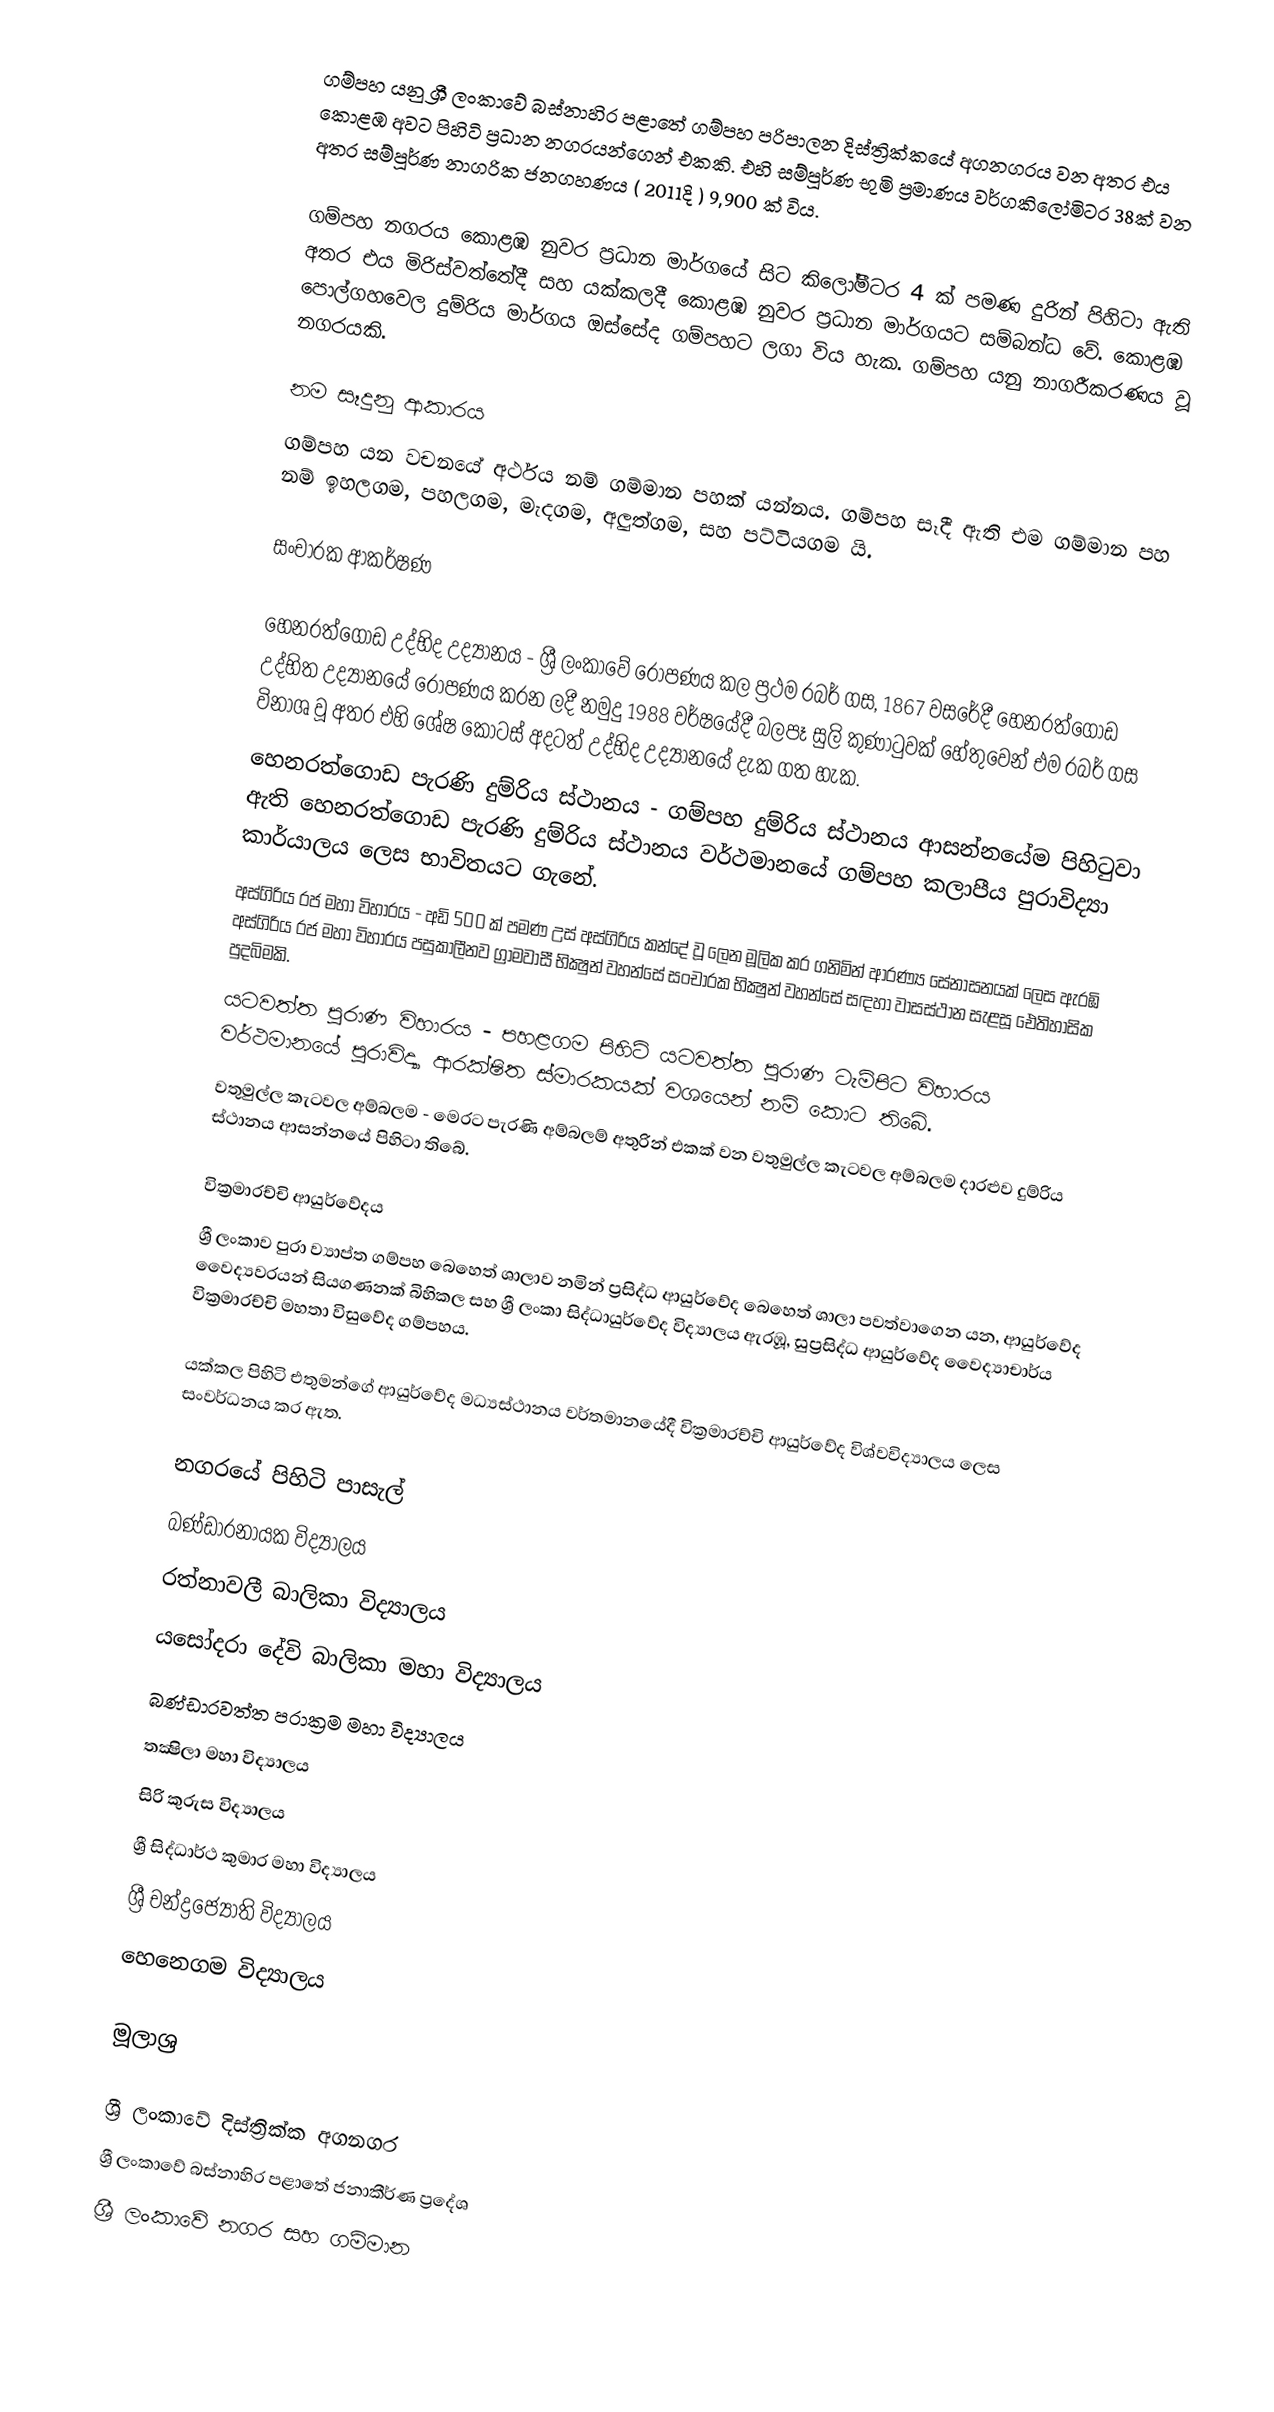
ගම්පහ යනු ශ්‍රී ලංකාවේ බස්නාහිර පළාතේ ගම්පහ පරිපාලන දිස්ත්‍රික්කයේ අගනගරය වන අතර එය කොළඹ අවට පිහිටි ප්‍රධාන නගරයන්ගෙන් එකකි. එහි සම්පූර්ණ භුමි ප්‍රමාණය වර්ගකිලෝමිටර 38ක් වන අතර සම්පූර්ණ නාගරික ජනගහණය ( 2011දි ) 9,900 ක් විය.

ගම්පහ නගරය කොළඹ නුවර ප්‍රධාන මාර්ගයේ සිට කිලෝමීටර 4 ක් පමණ දුරින් පිහිටා ඇති අතර එය මිරිස්වත්තේදී සහ යක්කලදී කොළඹ නුවර ප්‍රධාන මාර්ගයට සම්බන්ධ වේ. කොළඹ පොල්ගහවෙල දුම්රිය මාර්ගය ඔස්සේද ගම්පහට ලගා විය හැක. ගම්පහ යනු නාගරීකරණය වූ නගරයකි.

නම සෑදුනු ආකාරය
ගම්පහ යන වචනයේ අර්ථය නම් ගම්මාන පහක් යන්නය. ගම්පහ සෑදී ඇති එම ගම්මාන පහ නම් ඉහලගම, පහලගම, මැදගම, අලුත්ගම, සහ පට්ටියගම යි.

සංචාරක ආකර්ෂණ

හෙනරත්ගොඩ උද්භිද උද්‍යානය - ශ්‍රී ලංකාවේ රෝපණය කල ප්‍රථම රබර් ගස, 1867 වසරේදී හෙනරත්ගොඩ උද්භිත උද්‍යානයේ රෝපණය කරන ලදී නමුදු 1988 වර්ෂයේදී බලපෑ සුලි කුණාටුවක් හේතුවෙන් එම රබර් ගස විනාශ වූ අතර එහි ශේෂ කොටස් අදටත් උද්භිද උද්‍යානයේ දැක ගත හැක.
හෙනරත්ගොඩ පැරණි දුම්රිය ස්ථානය - ගම්පහ දුම්රිය ස්ථානය ආසන්නයේම පිහිටුවා ඇති හෙනරත්ගොඩ පැරණි දුම්රිය ස්ථානය වර්ථමානයේ ගම්පහ කලාපීය පුරාවිද්‍යා කාර්යාලය ලෙස භාවිතයට ගැනේ.
අස්ගිරිය රජ මහා විහාරය - අඩි 500 ක් පමණ උස් අස්ගිරිය කන්දේ වූ ලෙන මූලික කර ගනිමින් ආරණ්‍ය සේනාසනයක් ලෙස ඇරඹි අස්ගිරිය රජ මහා විහාරය පසුකාලීනව ග්‍රාමවාසී භික්‍ෂුන් වහන්සේ සංචාරක භික්‍ෂුන් වහන්සේ සඳහා වාසස්ථාන සැළසූ ඓතිහාසික පුදබිමකි.
යටවත්ත පුරාණ විහාරය - පහළගම පිහිටි යටවත්ත පුරාණ ටැම්පිට විහාරය වර්ථමානයේ පුරාවිද්‍යා ආරක්ෂිත ස්මාරකයක් වශයෙන් නම් කොට තිබේ.
වතුමුල්ල කැටවල අම්බලම - මෙරට පැරණි අම්බලම් අතුරින් එකක් වන වතුමුල්ල කැටවල අම්බලම දාරළුව දුම්රිය ස්ථානය ආසන්නයේ පිහිටා තිබේ.

වික්‍රමාරච්චි ආයුර්වේදය
ශ්‍රී ලංකාව පුරා ව්‍යාප්ත ගම්පහ බෙහෙත් ශාලාව නමින් ප්‍රසිද්ධ ආයුර්වේද බෙහෙත් ශාලා පවත්වාගෙන යන, ආයුර්වේද වෛද්‍යවරයන් සියගණනක් බිහිකල සහ ශ්‍රී ලංකා සිද්ධායුර්වේද විද්‍යාලය ඇරඹූ, සුප්‍රසිද්ධ ආයුර්වේද වෛද්‍යාචාර්ය වික්‍රමාරච්චි මහතා විසුවේද ගම්පහය.

යක්කල පිහිටි එතුමන්ගේ ආයුර්වේද මධ්‍යස්ථානය වර්තමානයේදී වික්‍රමාරච්චි ආයුර්වේද විශ්වවිද්‍යාලය ලෙස සංවර්ධනය කර ඇත.

නගරයේ පිහිටි පාසැල්
 බණ්ඩාරනායක විද්‍යාලය
 රත්නාවලී බාලිකා විද්‍යාලය
 යසෝදරා දේවි බාලිකා මහා විද්‍යාලය
 බණ්ඩාරවත්ත පරාක්‍රම මහා විද්‍යාලය
 තක්‍ෂිලා මහා විද්‍යාලය
 සිරි කුරුස විද්‍යාලය
 ශ්‍රී සිද්ධාර්ථ කුමාර මහා විද්‍යාලය
 ශ්‍රී චන්ද්‍රජ්‍යෝති විද්‍යාලය
 හෙනෙගම විද්‍යාලය

මූලාශ්‍ර

ශ්‍රී ලංකාවේ දිස්ත්‍රික්ක අගනගර
ශ්‍රී ලංකාවේ බස්නාහිර පළාතේ ජනාකීර්ණ ප්‍රදේශ
ශ්‍රී ලංකාවේ නගර සහ ගම්මාන